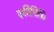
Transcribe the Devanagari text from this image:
कवियित्रि।